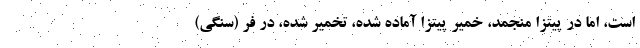
است، اما در پیتزا منجمد، خمیر پیتزا آماده شده، تخمیر شده، در فر (سنگی)